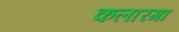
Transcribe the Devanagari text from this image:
कलारगा